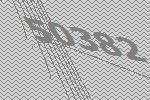
50382